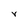
Character: r